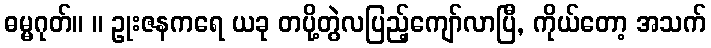
ဓမ္မဂုတ်။ ။ ဥုးဇနကရေ ယခု တပို့တွဲလပြည့်ကျော်လာပြီ, ကိုယ်တော့ အသက်